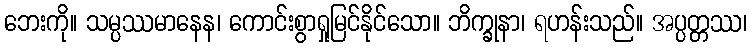
ဘေးကို။ သမ္ပဿမာနေန၊ ကောင်းစွာရှုမြင်နိုင်သော။ ဘိက္ခုနာ၊ ရဟန်းသည်။ အပ္ပတ္တဿ၊